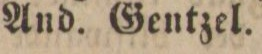
And. Gentzel.